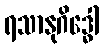
ရသာနုဂိဒ္ဓေါ